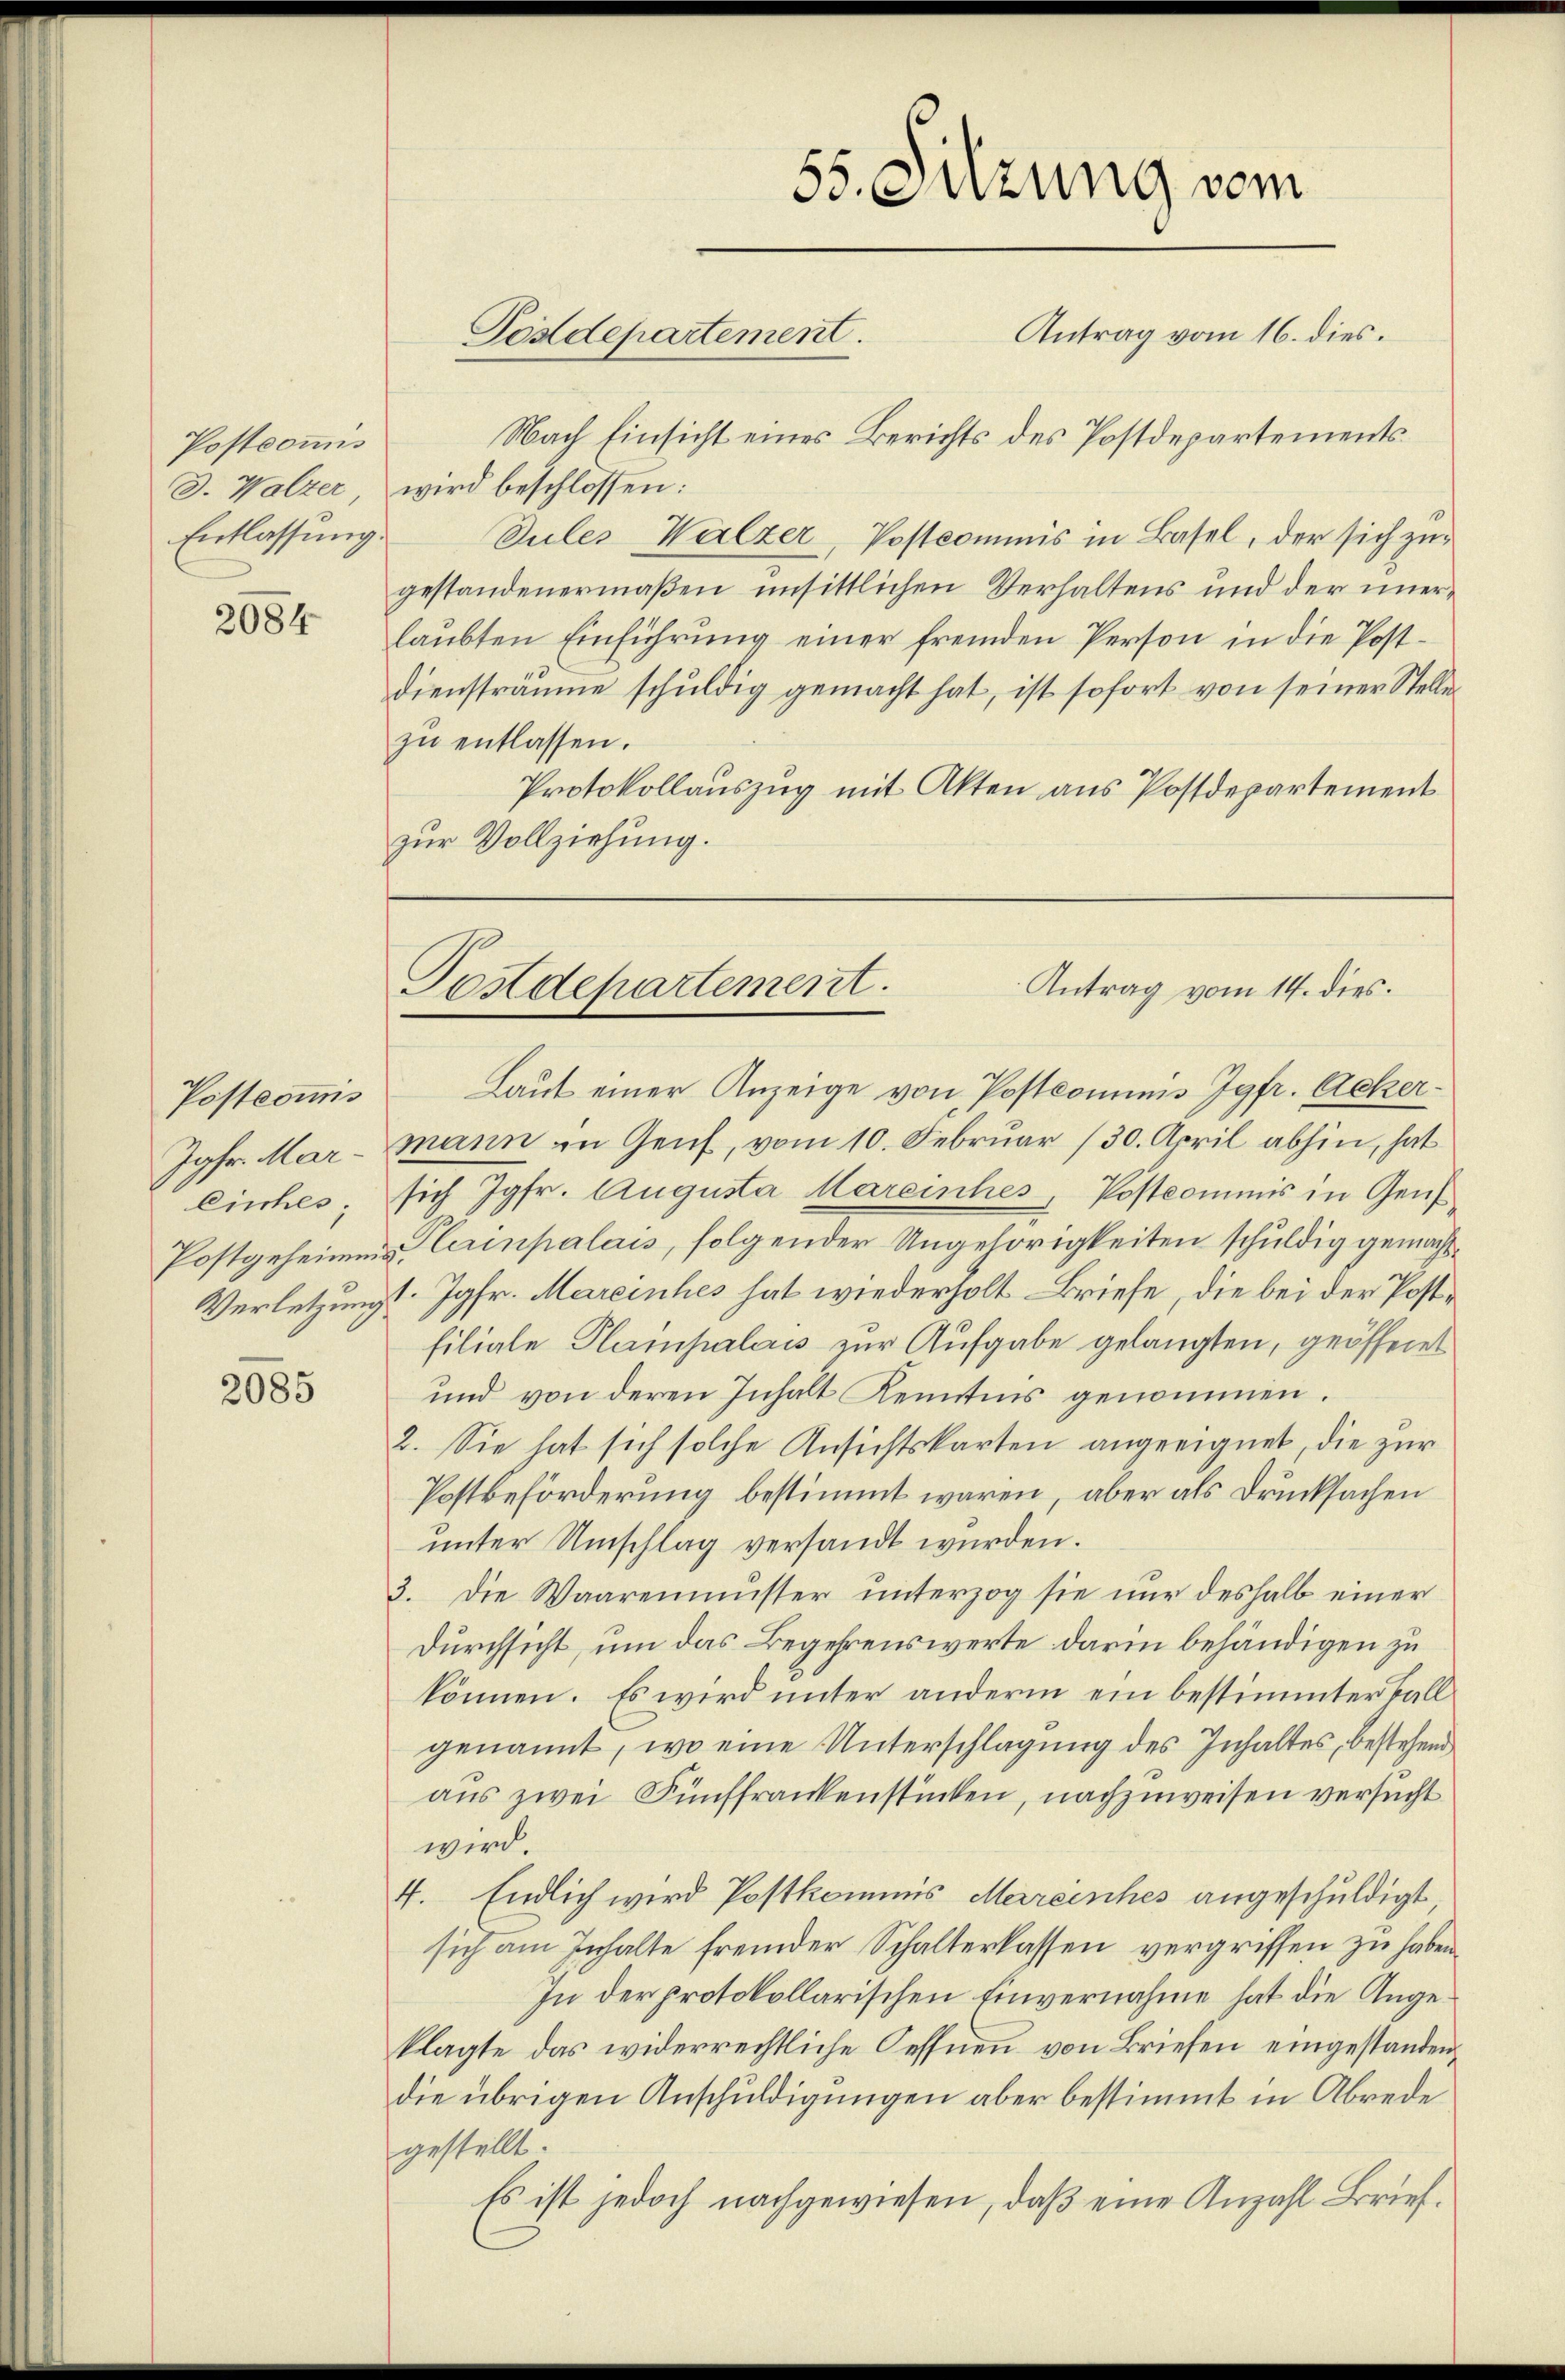
Postcommis
d. Walter
Entlassung.

2084

Postcommis
Jgfr. Mar¬
Cinches;

2085

Nach Einsicht eines Berichts des Postdepartementswird beschlossen:
Sules Walzer, Postkommnis in Basel, der sich zur
gestandenermaßen unsittlichen Verhaltens und der unerlaubten Einführung einer fremden Person in die Postdiensträume schuldig gemacht hat, ist sofort von seiner Stellen
zu entlassen.
Protokollauszug mit Akten aus Postdepartement
zur Vollziehung.

55. Sitzung vom
Antrag vom 16. dies.
Postdepartement.

Antrag vom 14. dies.
Postdepartement.

Laut einer Anzeige von Postkommnis Jgfr. Ackermann in Genf, vom 10. Februar (30. April abhin, hat
sich Jgfr. Augusta Mareinches, Postcommis in Genf
Postgeheimes erinpalais, folgender Ungehörigkeiten schuldig gemächt¬
Verletzungs Jgfr. Mareinhes hat wiederholt Briefe, die bei der Postfiliale Plainpalaus zur Aufgabe gelangten, geöffnet
und von deren Inhalt Kenntnis genommen.
2. Sie hat sich solche Ansichtskarten angeeignet, die zur
Postbeförderung bestimmt waren, aber als Drucksachen
unter Umschlag versandt wurden.
3. Die Waarenmuster ŭnterzog sie nŭr deshalb einer
Durchsicht, um das Begehrenswerte darin behändigen zu
können. Es wird unter anderm ein bestimmter Fall
genannt, wo eine Unterschlagung des Inhaltes, bestehend
aus zwei Fünffrankenstücken, nachzuweisen versucht
wird.
4. Endlich wird Postkommis Mercenches angeschuldigt,
sich am Inhalte fremder Schalterlassen vergriffen zu haben.
In der protokollarischen Einvernahme hat die Angeklagte das widerrechtliche Sessnen von Briefen eingestanden,
die übrigen Anschuldigungen aber bestimmt in Abrede
gestellt.
Es ist jedoch nachgewiesen, daß eine Anzahl Brief¬